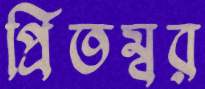
প্রিতম্বর